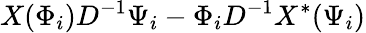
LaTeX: X(\Phi_{i})D^{-1}\Psi_{i}-\Phi_{i}D^{-1}X^{\ast}(\Psi_{i})